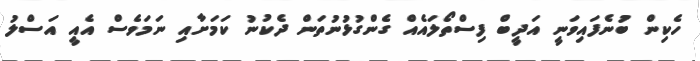
ހެކިން ބުނެފައިވަނީ އަދީބް ފިސްތޯލައެއް ގެންގުޅުނުތަން ދެކުނު ކަމަށާއި ނަމަވެސް އެއީ އަސްލު